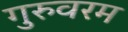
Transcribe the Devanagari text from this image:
गुरुवरम